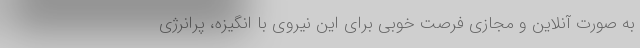
به صورت آنلاین و مجازی فرصت خوبی برای این نیروی با انگیزه، پرانرژی